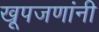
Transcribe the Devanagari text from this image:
खूपजणांनी